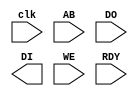
/*
 * (C) Arlet Ottens <arlet@c-scape.nl>
 * Vector changes (C) Luni Libes
 */

module ram( 
    input clk,
`ifdef ONEND
    input onend,
`endif
`ifdef AB13
    input [12:0] AB,
`elsif AB14
    input [13:0] AB,
`else
    input [15:0] AB,
`endif
    input [7:0] DO,
    output [7:0] DI,
    input WE,
    input RDY);

`ifdef SIM

wire OE = !WE;

reg [7:0] mem_read;

reg [7:0] mem[0:65535];
reg [7:0] vec[0:15];

initial begin
    $readmemh( "ram.hex", mem );  // load RAM file
    $readmemh( "vec.hex", vec );  // load vector file ($FFFFF0-FFFFFF)

`ifdef ONEND
        memStart = { vec[8'h0D], vec[8'h0C] };
    for (integer i = memStart - 16; i <= memStart; i = i + 16) begin
        $display("%3h: %1h %1h %1h %1h %1h %1h %1h %1h %1h %1h %1h %1h %1h %1h %1h %1h",
            i, mem[i+0], mem[i+1], mem[i+2], mem[i+3], mem[i+4], mem[i+5], mem[i+6], mem[i+7], mem[i+8],
            mem[i+9], mem[i+10], mem[i+11], mem[i+12], mem[i+13], mem[i+14], mem[i+15]);
    end
`endif
end

// CPU read
always @(posedge clk) begin
    if( RDY ) begin
`ifdef AB13
        if (AB >= 13'h1FF0) begin
`elsif AB14
        if (AB >= 14'h3FF0) begin
`else
        if (AB >= 16'hFFF0) begin
`endif
            mem_read <= vec[AB[3:0]];
            //$display("%h: VEC[%h] = %h", AB, AB[3:0], vec[AB[3:0]]);
        end
        else begin
            mem_read <= mem[AB];
            //$display("RAM[%h] = %h", AB, mem[AB]);
        end
    end
end

// CPU write
always @(posedge clk) begin
    if( WE & RDY ) begin
`ifdef AB13
        if (AB <13'h1FF0) mem[AB] <= DO;
`elsif AB14
        if (AB < 14'h3FF0) mem[AB] <= DO;
`else
        if (AB < 16'hFFF0) mem[AB] <= DO;
`endif
        //$display("WRITE RAM[%h] = %h", AB, DO);
    end
end

assign DI = mem_read;

`ifdef ONEND
    // Dump memory
    integer memStart;
    always @(posedge onend) begin
        memStart = { vec[8'h0D], vec[8'h0C] };
        for (integer i = memStart - 16; i <= memStart; i = i + 16) begin
            $display("%3h: %1h %1h %1h %1h %1h %1h %1h %1h %1h %1h %1h %1h %1h %1h %1h %1h",
                i, mem[i+0], mem[i+1], mem[i+2], mem[i+3], mem[i+4], mem[i+5], mem[i+6], mem[i+7], mem[i+8],
                mem[i+9], mem[i+10], mem[i+11], mem[i+12], mem[i+13], mem[i+14], mem[i+15]);
        end
    end
`endif

`endif

endmodule